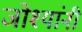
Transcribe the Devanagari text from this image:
जोश्यांनी